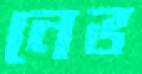
নেভ